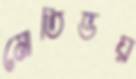
মোতিভয়